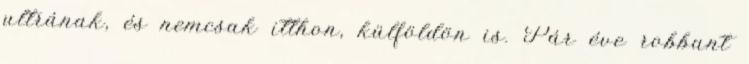
ultrának, és nemcsak itthon, külföldön is. Pár éve robbant